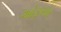
ઓફસોર